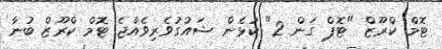
ޓޮމް ކްރޫޒް "ޓޮޕް ގަން 2" ކުޅެން ޝައުގުވެރިވެއްޖެ ޓޮމް ކްރޫޒް ބުނާ